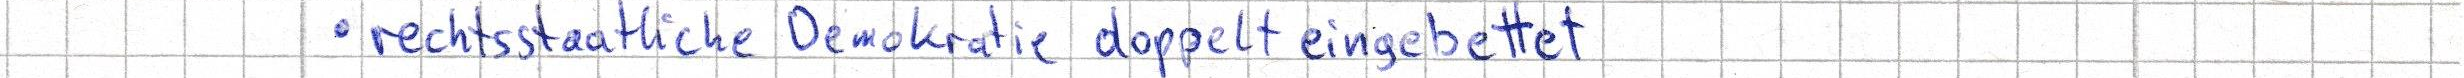
rechtsstaatliche Demokratie doppelt eingebettet